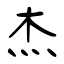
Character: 杰